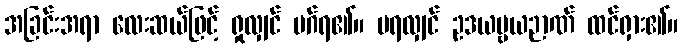
အခြင်းအရာ လေးဆယ်ဖြင့် ရှုလျှင် မဂ်ရ၏။ မရလျှင် ဥဒယဗ္ဗယဉာဏ် ထင်ရှား၏။